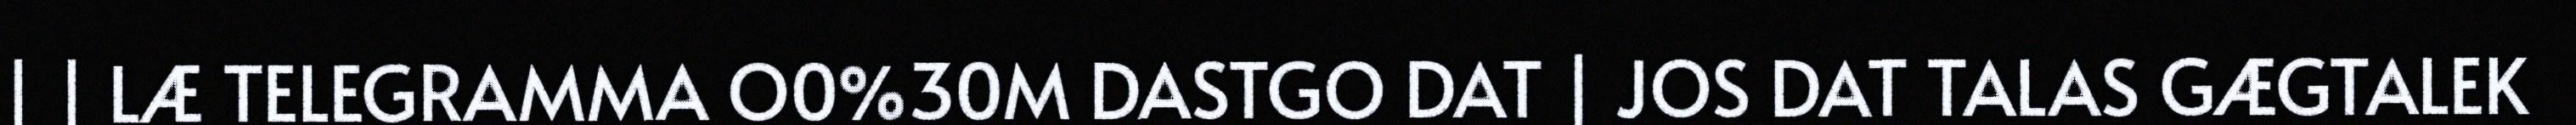
| | LÆ TELEGRAMMA O0%30M DASTGO DAT | JOS DAT TALAS GÆGTALEK